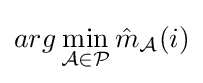
arg\min _{{\mathcal {A}}\in {\mathcal {P}}}{\hat {m}}_{\mathcal {A}}(i)